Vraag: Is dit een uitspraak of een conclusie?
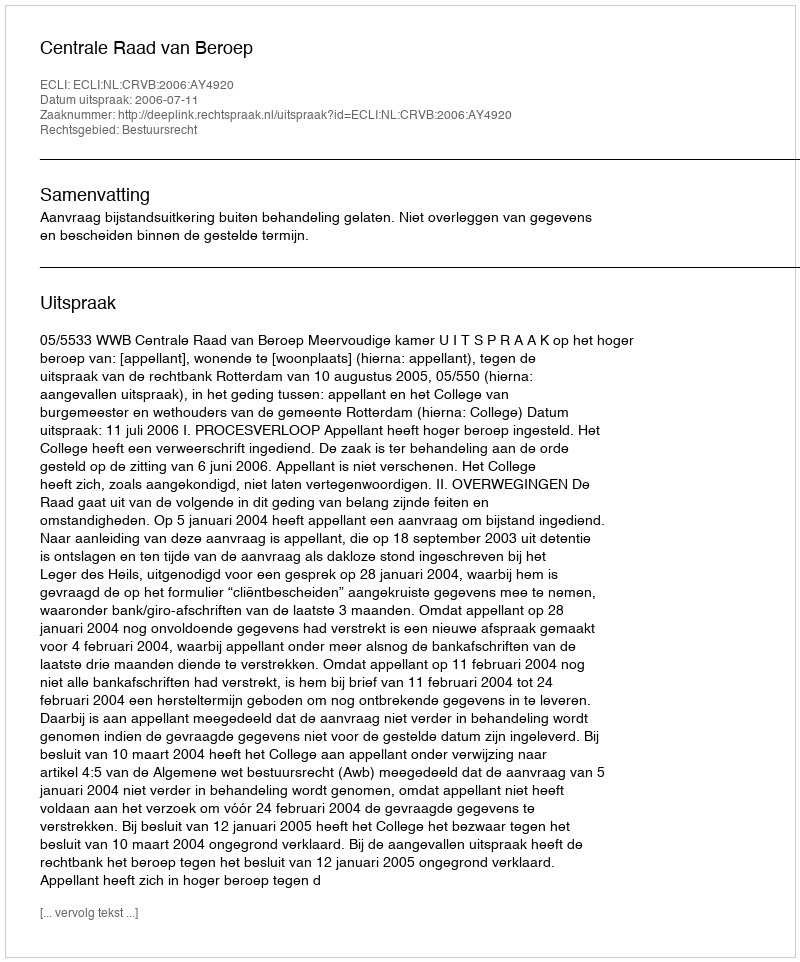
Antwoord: Uitspraak